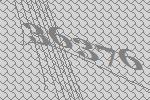
36376